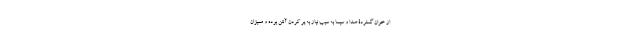
از خوان گستردۀ صدا و سیما به سبب نیاز به پر کردن آنتن بوده و ممیزان